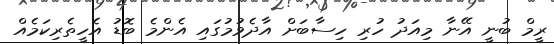
ރީމް ބުނީ އޭނާ މިއަދު ހުރި ހިސާބަށް އާދެވުމުގައި އެންމެ ބޮޑު އެހީތެރިކަމެއް